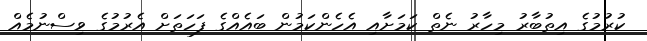
ކުރުމުގެ އިތުބާރު މިހާރު ނެތް ކަމަށާއި އެހެންކަމުން ބައެއްގެ ފަހަތަށް އެރުމުގެ ވިސްނުމެއް